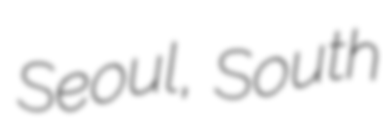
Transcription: Seoul, South